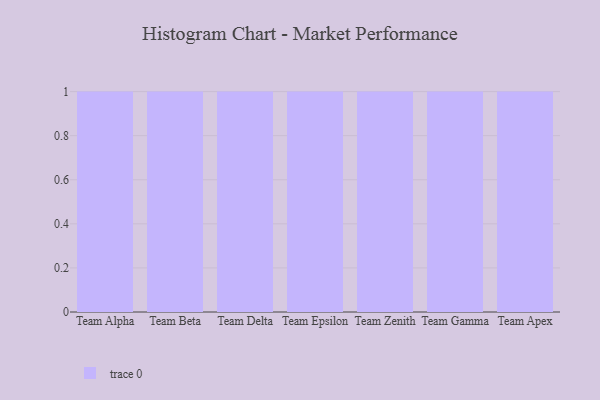
{"axis": {"x": "Team", "y": "Page Views"}, "legend": [""], "data": [{"x": "Team Alpha", "y": 7, "type": ""}, {"x": "Team Beta", "y": 7, "type": ""}, {"x": "Team Delta", "y": 49, "type": ""}, {"x": "Team Epsilon", "y": 54, "type": ""}, {"x": "Team Zenith", "y": 72, "type": ""}, {"x": "Team Gamma", "y": 41, "type": ""}, {"x": "Team Apex", "y": 20, "type": ""}]}